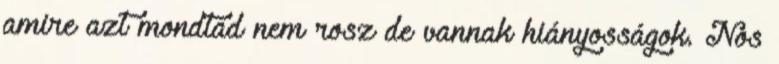
amire azt mondtad nem rosz de vannak hiányosságok. Nos